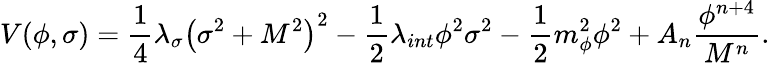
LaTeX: V(\phi,\sigma)=\frac{1}{4}\lambda_{\sigma}\left(\sigma^{2}+M^{2}\right)^{2}-\frac{1}{2}\lambda_{int}\phi^{2}\sigma^{2}-\frac{1}{2}m_{\phi}^{2}\phi^{2}+A_{n}\frac{\phi^{n+4}}{M^{n}}.